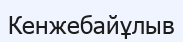
Кенжебайұлыв